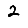
Digit: 2